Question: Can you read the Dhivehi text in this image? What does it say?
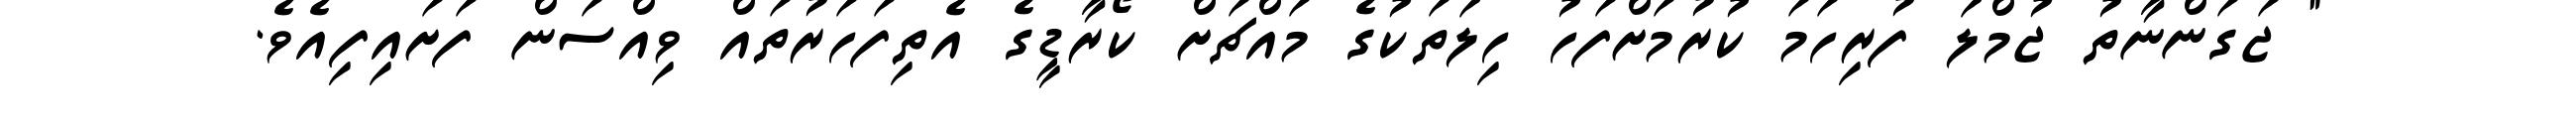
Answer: " ޖަގަންނާތު ޖުމްލަ ފުރިހަމަ ކުރުމަށްފަހު ހިލަތަކުގެ މައްޗަށް ކޯރާޑީގެ އެތިފަހަރުތައް ވިއްސަން ފަށައިފިއެވެ.